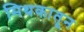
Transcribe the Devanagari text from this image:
मिथकातून